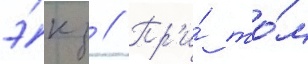
э́кз // Пр'и́ то́м